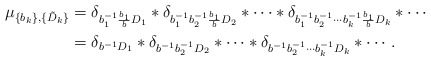
\begin{align*}\mu_{\{b_{k}\},\{\tilde{D}_{k}\}}&=\delta_{ b_{1}^{-1}\frac{ b_{1}}{b}D_{1}}* \delta_{ b_{1}^{-1} b_{2}^{-1} \frac{ b_{1}}{b}D_{2}} * \cdots * \delta_{b_{1}^{-1} b_{2}^{-1} \cdots b_{k}^{-1}\frac{ b_{1}}{b}D_{k}} * \cdots \\&=\delta_{b^{-1}D_{1}}* \delta_{ b^{-1} b_{2}^{-1} D_{2}} * \cdots * \delta_{b^{-1}b_{2}^{-1} \cdots b_{k}^{-1} D_{k}} * \cdots. \end{align*}